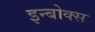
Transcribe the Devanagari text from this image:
इन्बोक्स